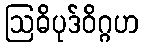
ဩဓိပုဒ်ဝိဂ္ဂဟ